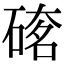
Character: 𥔇